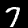
Label: 7